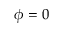
\phi = 0